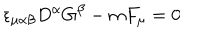
LaTeX: \epsilon _ { \mu \alpha \beta } D ^ { \alpha } G ^ { \beta } - m F _ { \mu } = 0